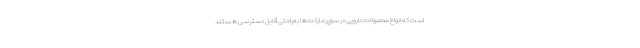
است که انواع محصولات دارویی در سوپرمارکت‌ها به‌راحتی قابل دسترسی هستند